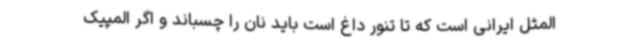
المثل ایرانی است که تا تنور داغ است باید نان را چسباند و اگر المپیک